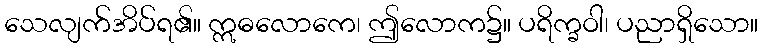
သေလျက်အိပ်ရ၏။ ဣဓလောကေ၊ ဤလောက၌။ ပရိက္ခဝါ၊ ပညာရှိသော။